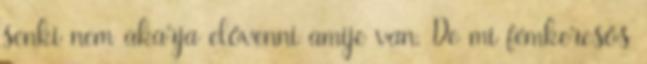
senki nem akarja elővenni amije van. De mi fémkeresős